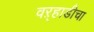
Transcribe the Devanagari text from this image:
वऱ्हाडीचा